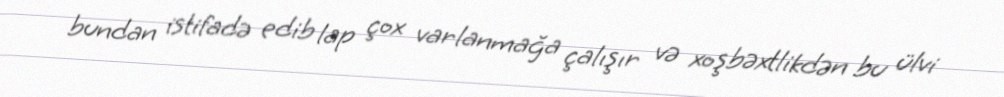
bundan istifadə edib lap çox varlanmağa çalışır və xoşbəxtlikdən bu ülvi